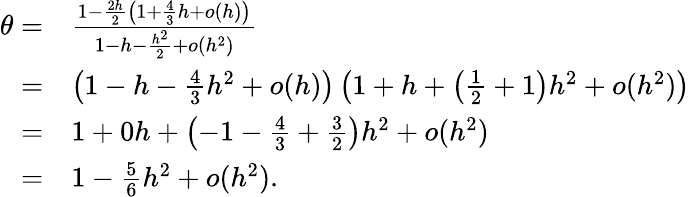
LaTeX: \begin{array}{rl}{\theta=}&{\frac{1-\frac{2h}{2}\left(1+\frac{4}{3}h+o(h)\right)}{1-h-\frac{h^{2}}{2}+o(h^{2})}}\\ {=}&{\left(1-h-\frac{4}{3}h^{2}+o(h)\right)\left(1+h+\left(\frac{1}{2}+1\right)h^{2}+o(h^{2})\right)}\\ {=}&{1+0h+\left(-1-\frac{4}{3}+\frac{3}{2}\right)h^{2}+o(h^{2})}\\ {=}&{1-\frac{5}{6}h^{2}+o(h^{2}).}\end{array}